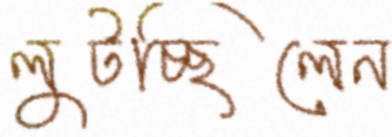
লুটচ্ছিলেন